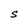
Character: S